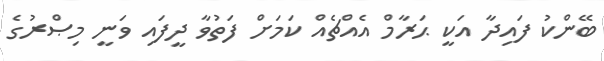
ބޭންކު ފައިދާ އަކީ ޙަރާމް އެއްޗެއް ކަމަށް ފަތުވާ ދީފައި ވަނީ މިޞްރުގެ